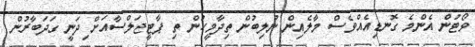
ވޯޓުން އެންމެ ގޮނޑިއެއްވެސް މާލެއިން ނުލިބުން ތިދާމީހުން ތި ޕާޓީޖަލްސާއަށް ިދަނީ ގަދަބާރުން